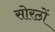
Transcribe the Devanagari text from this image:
सोरठों